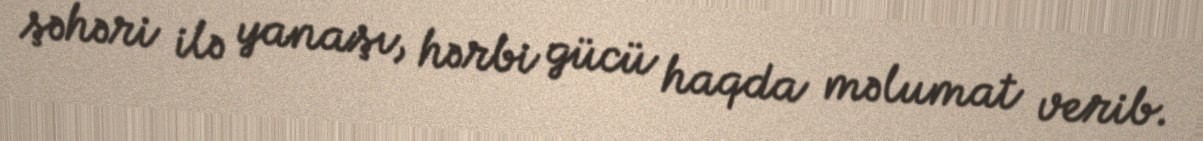
şəhəri ilə yanaşı, hərbi gücü haqda məlumat verib.